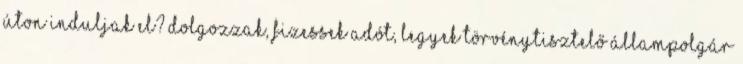
úton induljak el? Dolgozzak, fizessek adót, legyek törvénytisztelő állampolgár